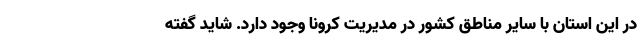
در این استان با سایر مناطق کشور در مدیریت کرونا وجود دارد. شاید گفته